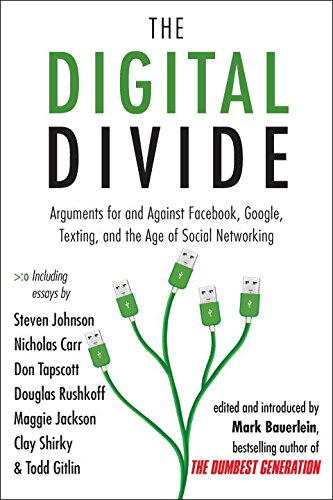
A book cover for The Digital Divide: Arguments for and Against Facebook, Google, Texting, and the Age of Social Netwo rking; Mark Bauerlein; Computers & Technology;